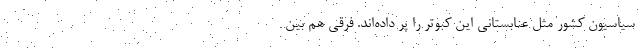
سیاسیون کشور مثل عنابستانی این کبوتر را پر داده‌اند. فرقی هم بین